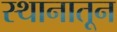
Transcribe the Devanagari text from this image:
स्थानातून